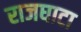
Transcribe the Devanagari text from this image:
राजघाटा